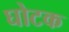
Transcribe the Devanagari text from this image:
घोटक